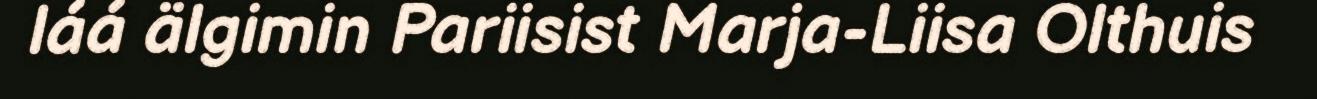
láá älgimin Pariisist Marja-Liisa Olthuis